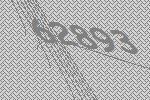
62893